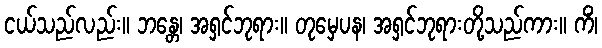
ငယ်သည်လည်း။ ဘန္တေ၊ အရှင်ဘုရား။ တုမှေပန၊ အရှင်ဘုရားတို့သည်ကား။ ကိံ၊